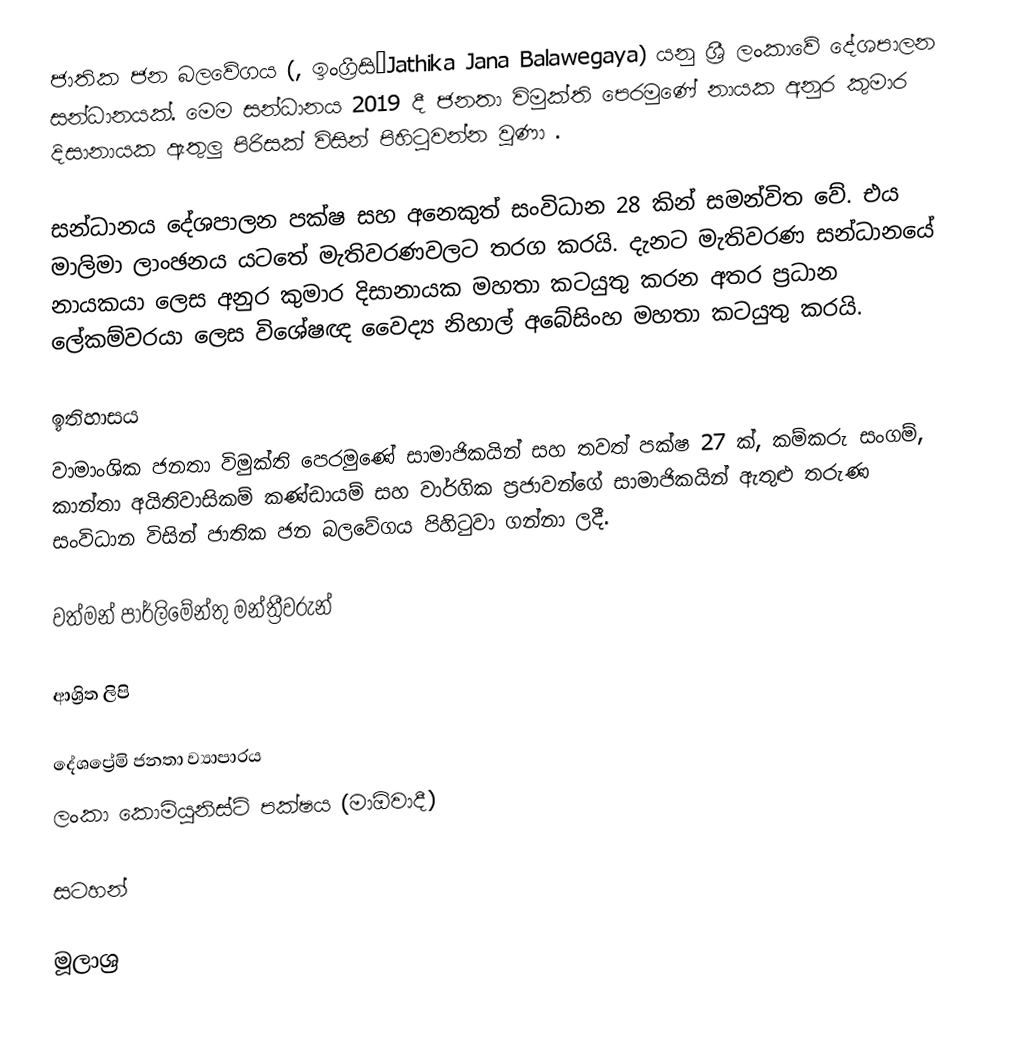
ජාතික ජන බලවේගය (, ඉංග්‍රීසිːJathika Jana Balawegaya) යනු ශ්‍රී ලංකාවේ දේශපාලන සන්ධානයක්. මෙම සන්ධානය 2019 දී ජනතා විමුක්ති පෙරමුණේ නායක අනුර කුමාර දිසානායක ඇතුලු පිරිසක් විසින් පිහිටුවන්න වුණා .

සන්ධානය දේශපාලන පක්ෂ සහ අනෙකුත් සංවිධාන 28 කින් සමන්විත වේ. එය මාලිමා ලාංඡනය යටතේ මැතිවරණවලට තරග කරයි. දැනට මැතිවරණ සන්ධානයේ නායකයා ලෙස අනුර කුමාර දිසානායක මහතා කටයුතු කරන අතර ප්‍රධාන ලේකම්වරයා ලෙස විශේෂඥ වෛද්‍ය නිහාල් අබේසිංහ මහතා කටයුතු කරයි.

ඉතිහාසය
වාමාංශික ජනතා විමුක්ති පෙරමුණේ සාමාජිකයින් සහ තවත් පක්ෂ 27 ක්, කම්කරු සංගම්, කාන්තා අයිතිවාසිකම් කණ්ඩායම් සහ වාර්ගික ප්‍රජාවන්ගේ සාමාජිකයින් ඇතුළු තරුණ සංවිධාන විසින් ජාතික ජන බලවේගය පිහිටුවා ගන්නා ලදී.

වත්මන් පාර්ලිමේන්තු මන්ත්‍රීවරුන්

ආශ්‍රිත ලිපි

 දේශප්‍රේමි ජනතා ව්‍යාපාරය
 ලංකා කොමියුනිස්ට් පක්ෂය (මාඕවාදී)

සටහන්

මූලාශ්‍ර